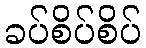
ခပ်စိပ်စိပ်